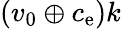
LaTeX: (v_{0}\oplus c_{\mathrm{e}})k